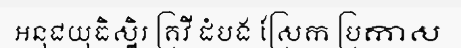
អនុជយុធិស្ឋិរ គ្រវី ដំបង ស្រែក ប្រកាស